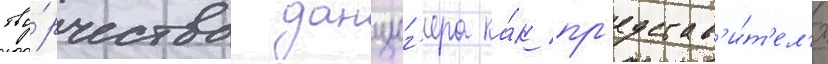
тво́рчества данциг'ера ка́к пр'едстав'и́т'ел'я